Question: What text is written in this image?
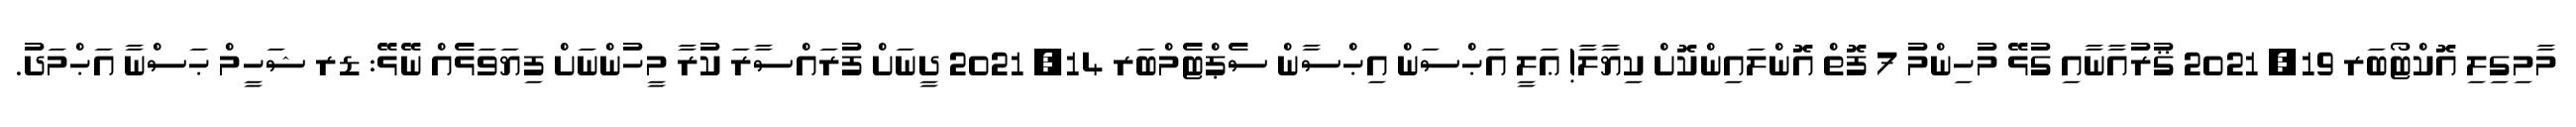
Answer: މާމިގިލި އޮކްޓޯބަރ 19, 2021 ޤުރުއާނާއި ގުޅޭ މުހިންމު 7 ފޮތް އޮންލައިންކޮށް ކިޔާލާ! ޢަލީ އަޙްސަން އިޙްސާން ސެޕްޓެމްބަރ 14, 2021 ދީނަށް ފުރައްސާރަ ކުރާ މީހުންނަށް ފިޔަވަޅެއް ނޭޅޭ: ޑރ ޝަހީމް ޙަސްނާ އަޙްމަދު.